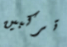
تركبين